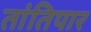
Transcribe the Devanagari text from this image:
तांतिपार